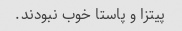
پیتزا و پاستا خوب نبودند.